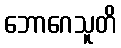
ဘောဂေသူတိ